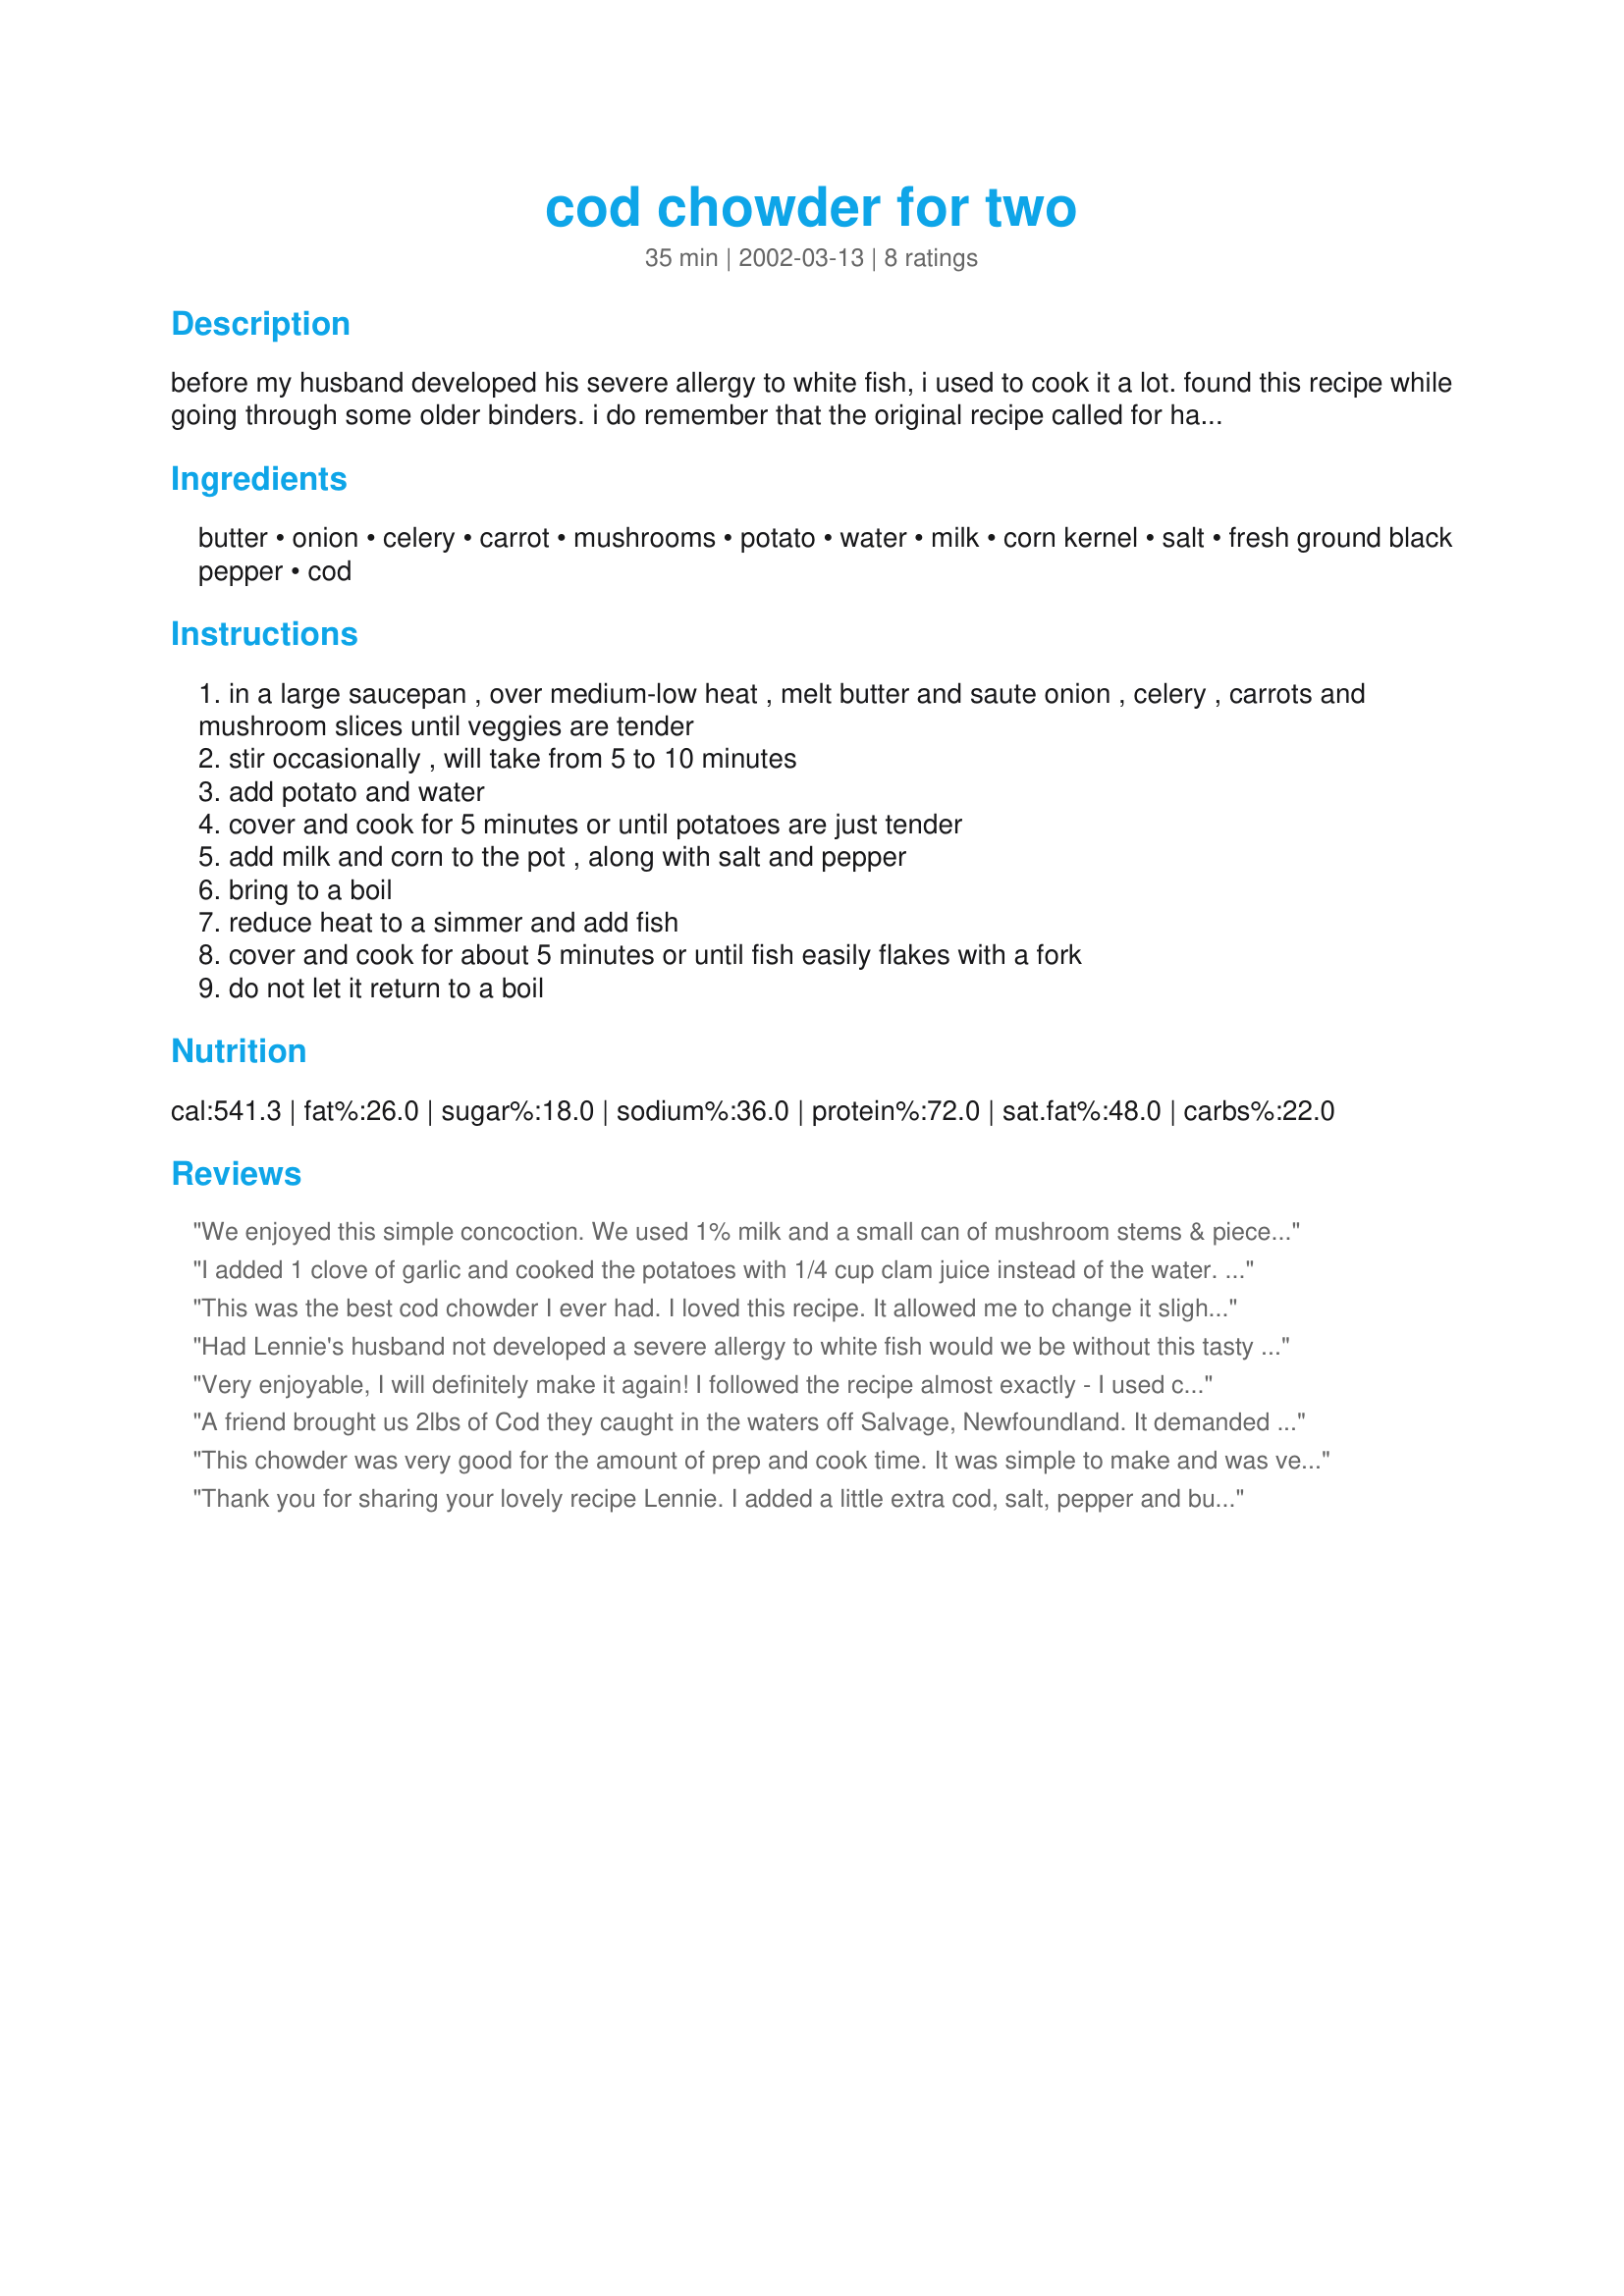
cod chowder for two
Preparation time: 35 minutes

before my husband developed his severe allergy to white fish, i used to cook it a lot. found this recipe while going through some older binders. i do remember that the original recipe called for haddock, but i don't really care for haddock and so used cod instead.

Ingredients:
butter, onion, celery, carrot, mushrooms, potato, water, milk, corn kernel, salt, fresh ground black pepper, cod

Steps:
in a large saucepan , over medium-low heat , melt butter and saute onion , celery , carrots and mushroom slices until veggies are tender
stir occasionally , will take from 5 to 10 minutes
add potato and water
cover and cook for 5 minutes or until potatoes are just tender
add milk and corn to the pot , along with salt and pepper
bring to a boil
reduce heat to a simmer and add fish
cover and cook for about 5 minutes or until fish easily flakes with a fork
do not let it return to a boil

Reviews:
We enjoyed this simple concoction. We used 1% milk and a small can of mushroom stems & pieces instead of fresh mushrooms, and it still tasted very good. I was surprised that the pepper came through so convincingly. Very tasty.
I added 1 clove of garlic and cooked the potatoes with 1/4 cup clam juice instead of the water. It was fantastic. Topped it with parsley.
This was the best cod chowder I ever had. I loved this recipe. It allowed me to change it slightly to suit myself. I left out mushrooms, I used partly whole milk and half &amp; half, cuz that&#039;s what I had on hand. I used fresh corn I just bought at a roadside stand. I added a dash of Maggi&#039;s, cuz I like it in practically everything. Thank you, Lennie, for sharing this fabulous, loving recipe.
Had Lennie's husband not developed a severe allergy to white fish would we be without this tasty soup? A simple, tasty beach house meal. Add an october evening, offshore breeze and an Australian Shiraz. I have a severe aversion to celery so I replaced it with bacon and thickened it with a bit with flour.
Very enjoyable, I will definitely make it again! I followed the recipe almost exactly - I used cream instead of milk and olive oil for the butter. Yum!
A friend brought us 2lbs of Cod they caught in the waters off Salvage, Newfoundland.
It demanded a Royal recipe, I'm very glad I found this one. Sorry I cheated a bit!
(1/2 cup, Half&Half & 1/2 pat of butter, got no willpower)
This chowder was very good for the amount of prep and cook time. It was simple to make and was very tasty. I used 2% milk and butter, but I would imagine that using cream would make the recipe a little more luxurious. I would also imagine that you could use any firm fish or clams in this chowder.
Thank you for sharing your lovely recipe Lennie. I added a little extra cod, salt, pepper and butter. Used a combination of milk and half n half cream for a slightly thicker liquid.. This recipe made a lovely satisfying chowder, that was flavorful, silky and filling. We really enjoyed this chowder. I bet this would be a great base for clam chowder.
